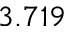
3 . 7 1 9